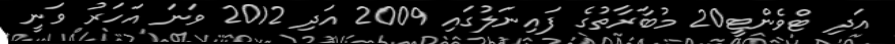
އަދި ޓްވެންޓީ20 މުބާރާތުގެ ފައިނަލުގައި 2009 އަދި 2012 ވަނަ އަހަރު ވަނީ